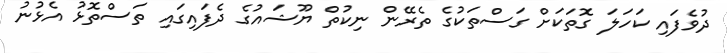
ދުވެފައި ކަހަލަ ގޮތަކަށް ގަސްތަކުގެ ތެރޭން ނިކުތް ޔޫޝައުގެ ދެފައިގައި ތަސްތޮޅު އެޅުނު